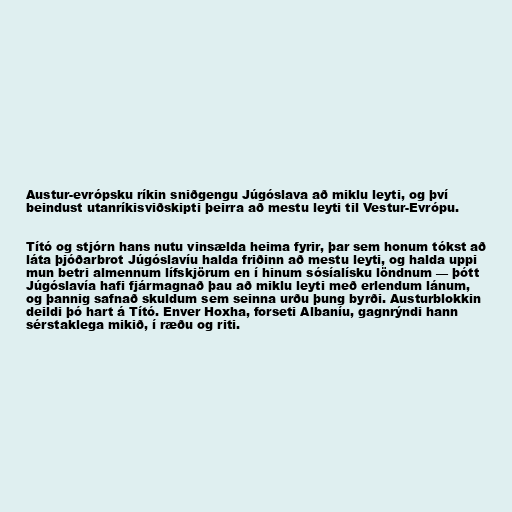
Austur-evrópsku ríkin sniðgengu Júgóslava að miklu leyti, og því
beindust utanríkisviðskipti þeirra að mestu leyti til Vestur-Evrópu.

Tító og stjórn hans nutu vinsælda heima fyrir, þar sem honum tókst að
láta þjóðarbrot Júgóslavíu halda friðinn að mestu leyti, og halda uppi
mun betri almennum lífskjörum en í hinum sósíalísku löndnum — þótt
Júgóslavía hafi fjármagnað þau að miklu leyti með erlendum lánum,
og þannig safnað skuldum sem seinna urðu þung byrði. Austurblokkin
deildi þó hart á Tító. Enver Hoxha, forseti Albaníu, gagnrýndi hann
sérstaklega mikið, í ræðu og riti.